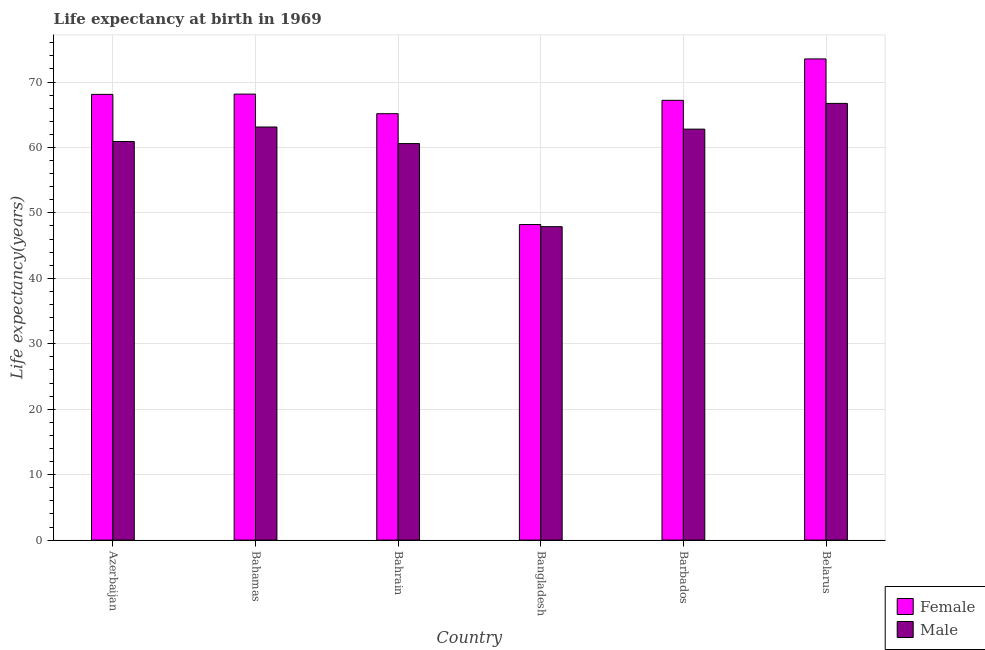
| Country | Female | Male |
 | --- | --- | --- |
 | Azerbaijan | 68.1 | 60.9 |
 | Bahamas | 68.2 | 63.1 |
 | Bahrain | 65.2 | 60.6 |
 | Bangladesh | 48.2 | 47.9 |
 | Barbados | 67.2 | 62.8 |
 | Belarus | 73.5 | 66.7 |